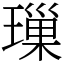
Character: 璅